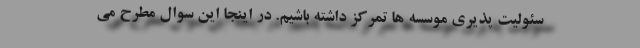
سئولیت پذیری موسسه ها تمرکز داشته باشیم. در اینجا این سوال مطرح می